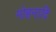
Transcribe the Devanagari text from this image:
मोहनादि